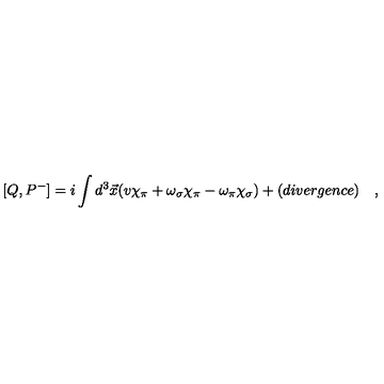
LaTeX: [ Q , P ^ { - } ] = i \int d ^ { 3 } \vec { x } ( v \chi _ { \pi } + \omega _ { \sigma } \chi _ { \pi } - \omega _ { \pi } \chi _ { \sigma } ) + ( d i v e r g e n c e ) \quad ,